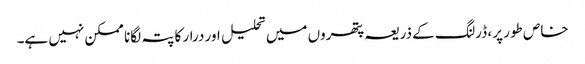
خاص طور پر ، ڈرلنگ کے ذریعہ پتھروں میں تحلیل اور درار کا پتہ لگانا ممکن نہیں ہے۔